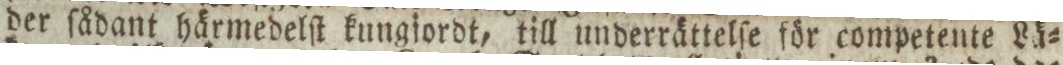
der ſådant härmedelſt kungjordt, till underrättelſe för competente Lä=